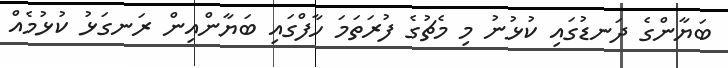
ބަޔާންގެ ދަނޑުގައި ކުޅުނު މި މެޗުގެ ފުރަތަމަ ހާފްގައި ބަޔާންއިން ރަނގަޅު ކުޅުމެއް